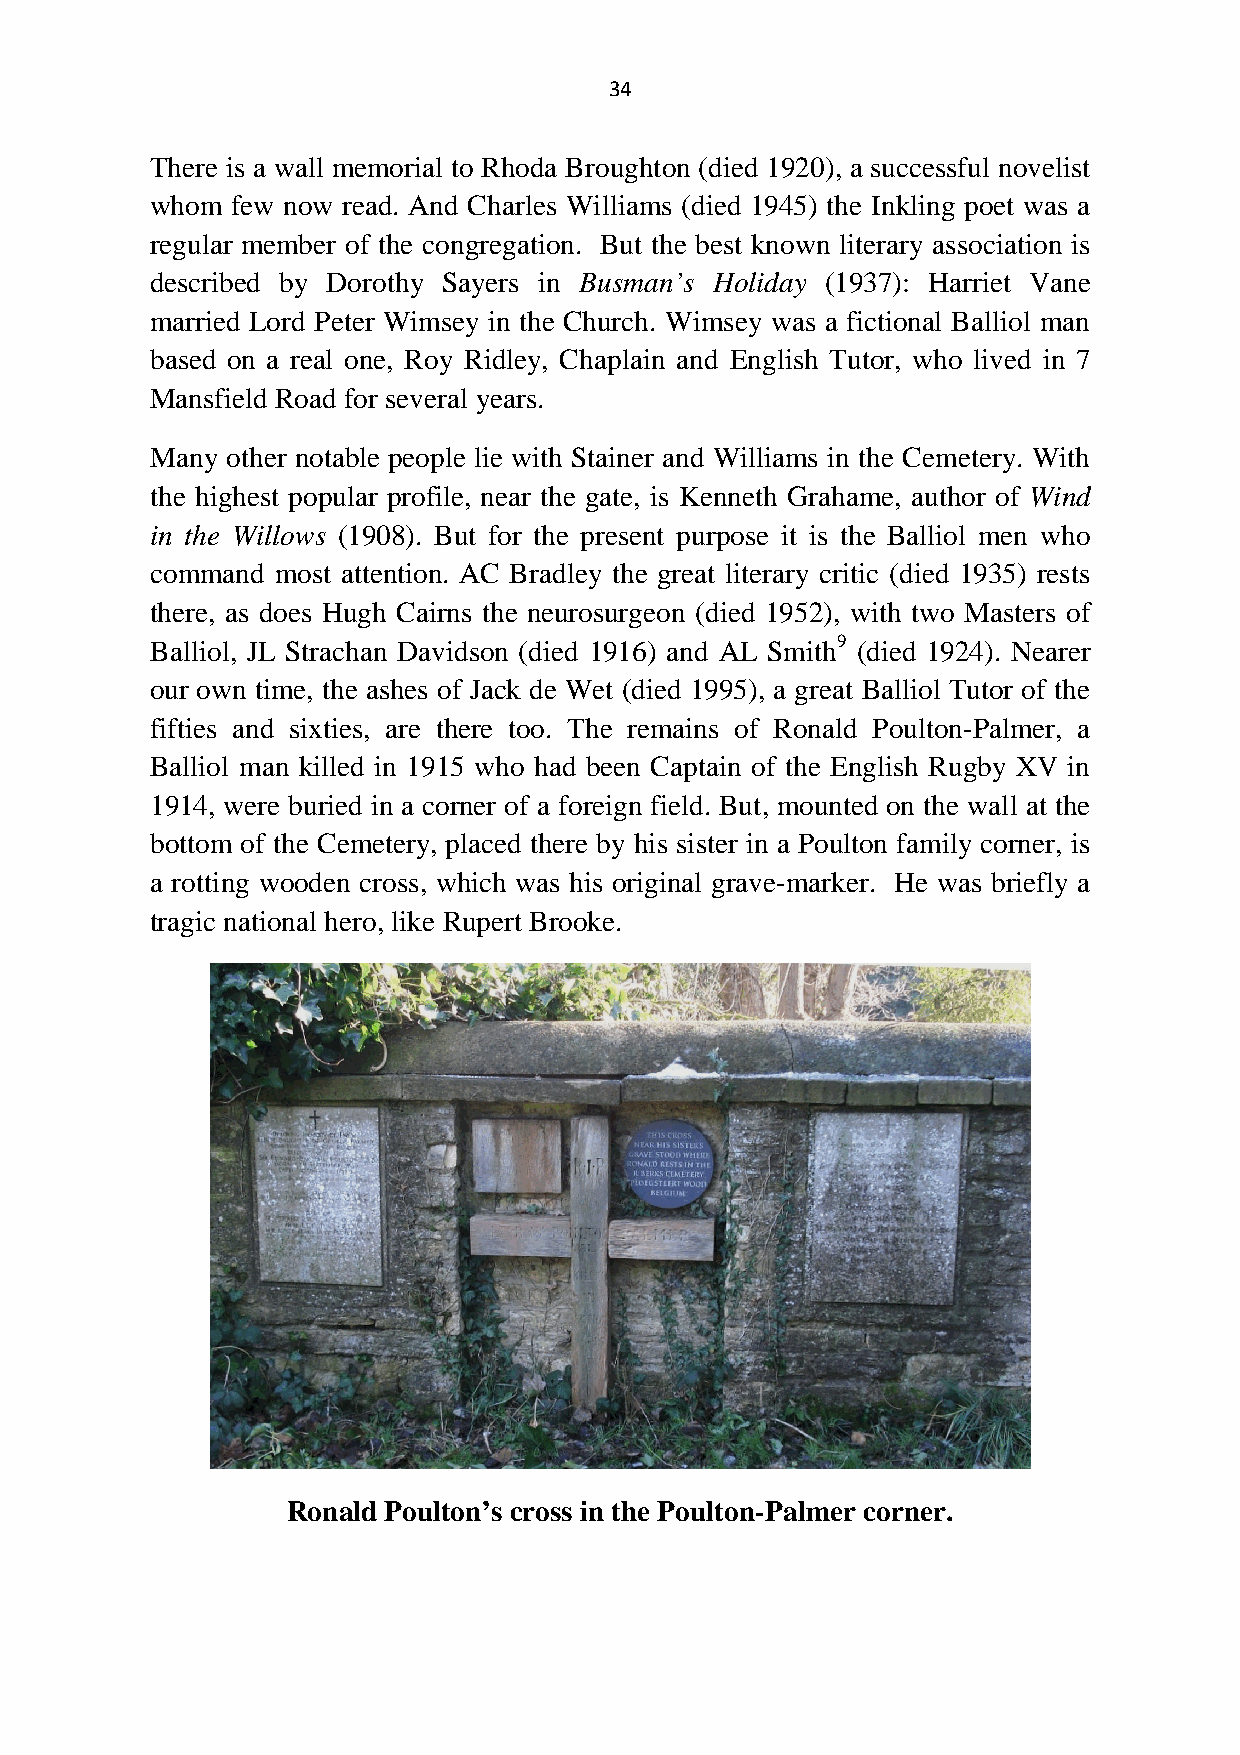
34
 There is a wall memorial to Rhoda Broughton (died 1920), a successful novelist
 whom few now read. And Charles Williams (died 1945) the Inkling poet was a
 regular member of the congregation. But the best known literary association is
 described by Dorothy Sayers in Busman’s Holiday (1937): Harriet Vane
 married Lord Peter Wimsey in the Church. Wimsey was a fictional Balliol man
 based on a real one, Roy Ridley, Chaplain and English Tutor, who lived in 7
 Mansfield Road for several years.
 Many other notable people lie with Stainer and Williams in the Cemetery. With
 the highest popular profile, near the gate, is Kenneth Grahame, author of Wind
 in the Willows (1908). But for the present purpose it is the Balliol men who
 command most attention. AC Bradley the great literary critic (died 1935) rests
 there, as does Hugh Cairns the neurosurgeon (died 1952), with two Masters of
 Balliol, JL Strachan Davidson (died 1916) and AL Smith9 (died 1924). Nearer
 our own time, the ashes of Jack de Wet (died 1995), a great Balliol Tutor of the
 fifties and sixties, are there too. The remains of Ronald Poulton-Palmer, a
 Balliol man killed in 1915 who had been Captain of the English Rugby XV in
 1914, were buried in a corner of a foreign field. But, mounted on the wall at the
 bottom of the Cemetery, placed there by his sister in a Poulton family corner, is
 a rotting wooden cross, which was his original grave-marker. He was briefly a
 tragic national hero, like Rupert Brooke.
 Ronald Poulton’s cross in the Poulton-Palmer corner.